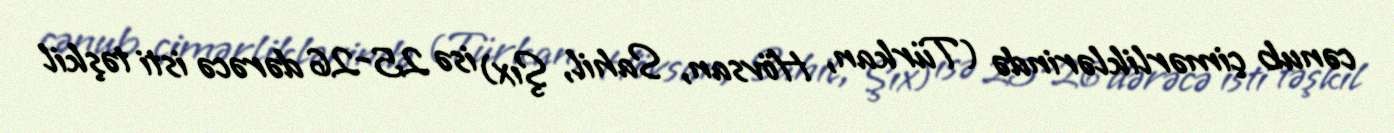
cənub çimərliklərində (Türkan, Hövsan, Sahil, Şıx) isə 25-26 dərəcə isti təşkil